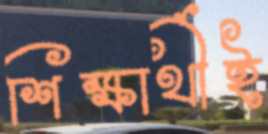
শিক্ষার্থীই